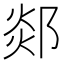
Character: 郯